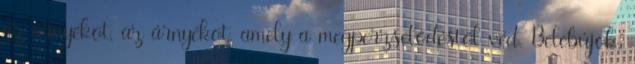
az árnyékot, az árnyékot, amely a megperzselődéstől véd. Belebújok,